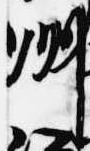
州